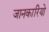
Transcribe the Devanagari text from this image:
जानकारियो